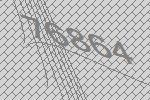
76864